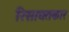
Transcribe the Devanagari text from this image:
रिसायतकार